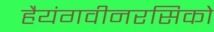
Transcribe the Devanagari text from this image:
हैयंगवीनरसिको